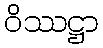
ဝိဿဋ္ဌာ